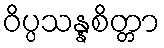
ဝိပ္ပသန္နစိတ္တာ